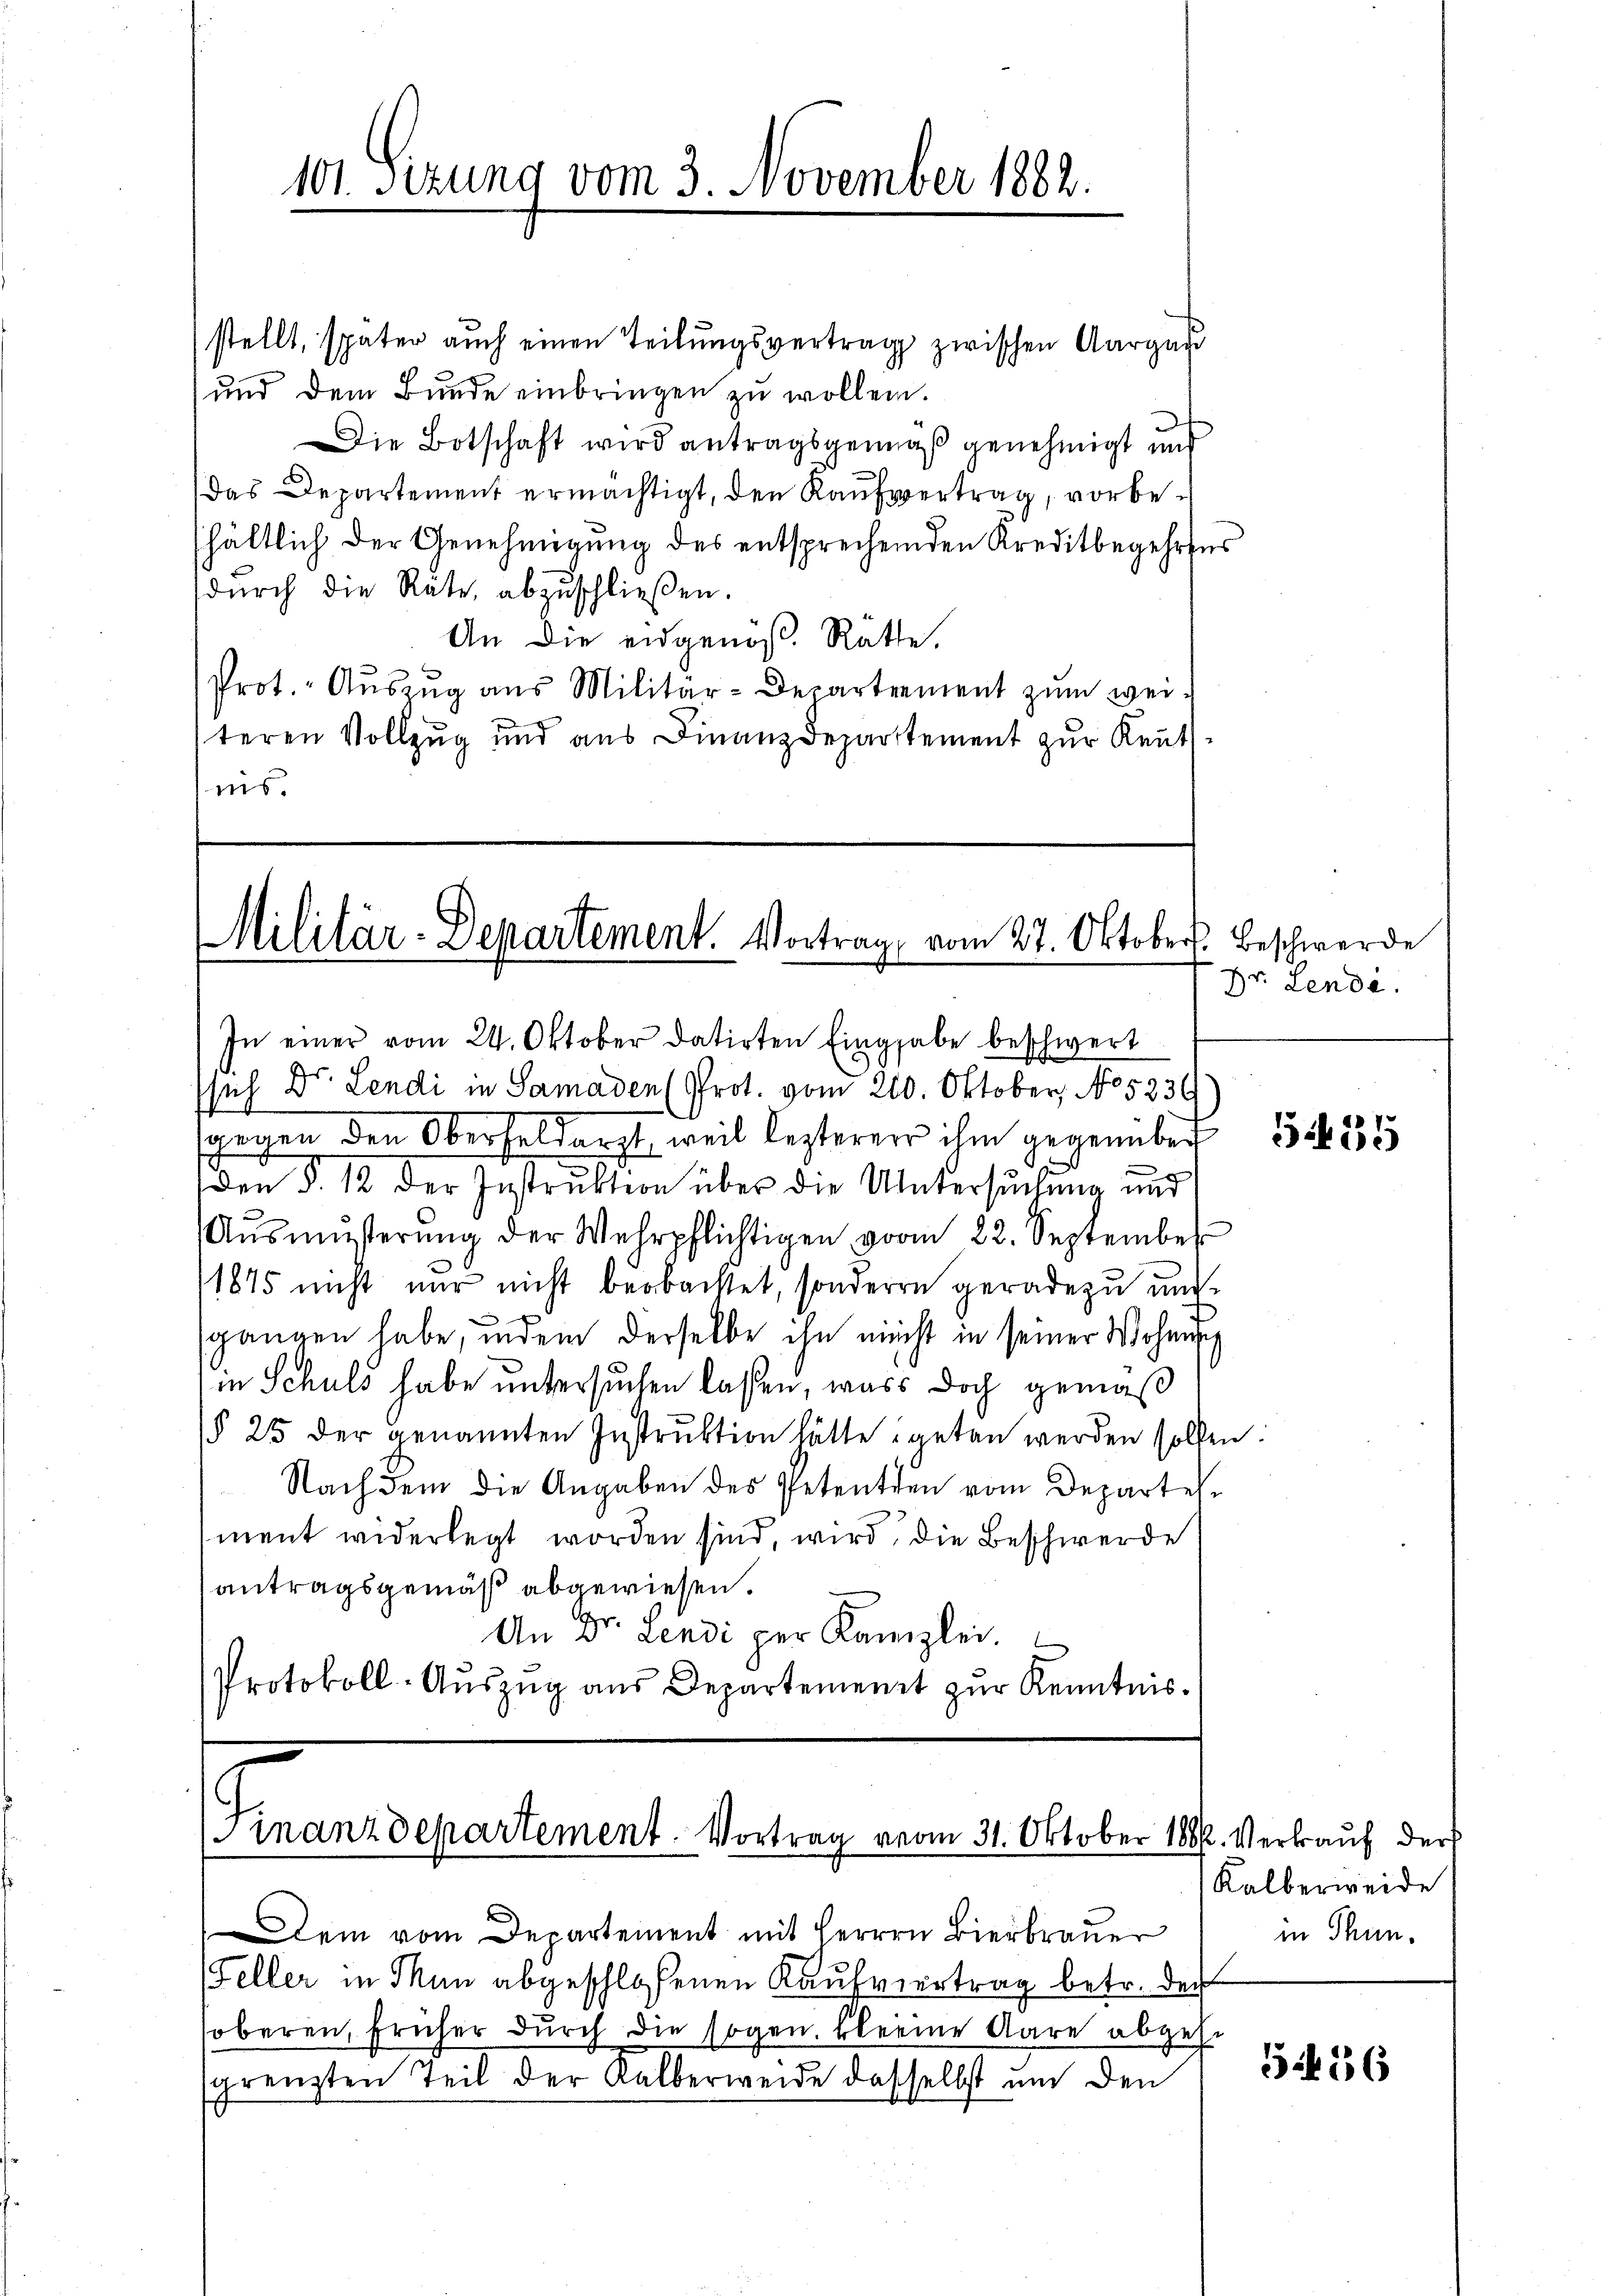
101. Sizung vom 3. November 1882.

stellt, später auch einen Teilungsvertrag zwischen Aargau
und dem Bunde einbringen zu wollen.
Die Botschaft wird antragsgemäß genehmigt und
Das Departement ermächtigt, den Kaufvertrag, vorbeshältlich der Genehmigung des entsprechenden Kreditbegehrens
dŭrch die Räte, abzuschließen.
An die eidgenöß. Ratte,
Prot. Auszug aus Militär-Departement zum weiteren Vollzug und aus Finanzdepartement zur Reutnis.

Militär-Departement. Vortrag vom 27. Oktober. Beschwerde

In einer vom 24. Oktober datirten Eingabe beschwert
sich Dr. Lendi in Samaden (Prot. vom 210. Oktober, No 5236
wegen den Oberfeldarzt, weil lezterer ihm gegenüber 1851
s
den §. 12 der Instruktion über die Untersuchung und
Aŭsmüsterŭng der Wehrpflichtigen vom 22. September
1875 nicht nur nicht beobachtet, sonderen geradezu und
sgangen habe, indem derselbe ihn nicht in seiner Wohnung
in Schuld habe untersuchen lassen, wass doch gemäß
§§ 25 der genannten Instruktion hätte getan werden sollen.
Nachdem die Angaben des Petenten vom Departes
ment widerlegt worden sind, wird die Beschwerde
antragsgemäß abgewiesen.
An Dr. Lendi per Kanzlei.
Protokoll-Aŭszŭg aŭs Departement zŭr Kenntnis.

inanzdepartement. Vortrag vom 31. Oktober 1886. Verkauf der

Dem vom Departement mit Herrn Bierbraŭer
Feller in Man abgeschloßenen Kaufvertrag betr. der
sobaren, früher dŭrch die sogen. Kleine Aare abgese
grenzten Teil der Kalberweide dasselbst um den

Dr. Lende.

Kalberweide
in Thun.

5456